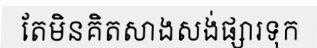
តែមិនគិតសាងសង់ផ្សារទុក